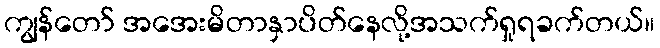
ကျွန်တော် အအေးမိတာနှာပိတ်နေလို့အသက်ရှုရခက်တယ်။